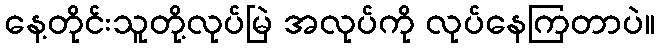
နေ့တိုင်းသူတို့လုပ်မြဲ အလုပ်ကို လုပ်နေကြတာပဲ။